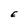
Character: E